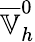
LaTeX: \overline{{\mathbb{V}}}_{h}^{0}